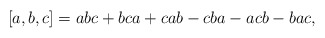
\begin{align*}\left[ a,b,c\right] =abc+bca+cab-cba-acb-bac,\end{align*}